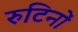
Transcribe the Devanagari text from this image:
रुटिनों